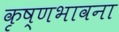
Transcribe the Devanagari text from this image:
कृष्णभावना